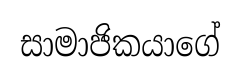
සාමාජිකයාගේ